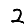
Digit: 2